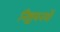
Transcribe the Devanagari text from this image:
निश्चयनयों